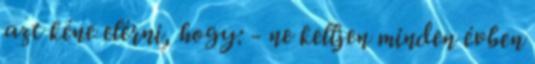
azt kéne elérni, hogy: - ne kelljen minden évben